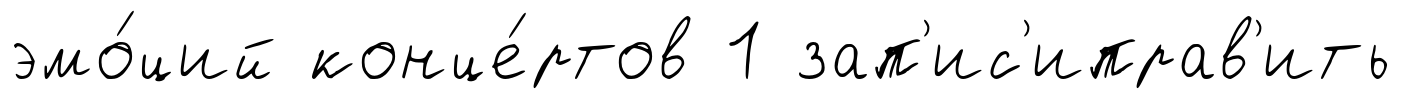
эмо́ций конце́ртов 1 зап'ис'иправ'ить